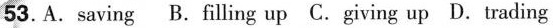
53. A. saving B. filling up C. giving up D. trading